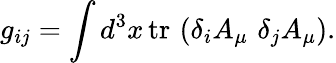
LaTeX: g_{ij}=\int d^{3}x\, \mathrm{tr}\, \left(\delta_{i}A_{\mu}\, \, \delta_{j}A_{\mu}\right).